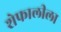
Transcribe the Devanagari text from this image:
शेफालीला